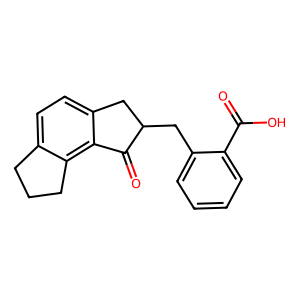
SMILES: O=C(O)c1ccccc1CC1Cc2ccc3c(c2C1=O)CCC3
Inhibits HIV replication: No